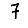
Digit: 7